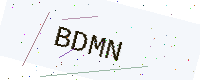
Text: BDMN